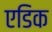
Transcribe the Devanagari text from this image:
एडिक